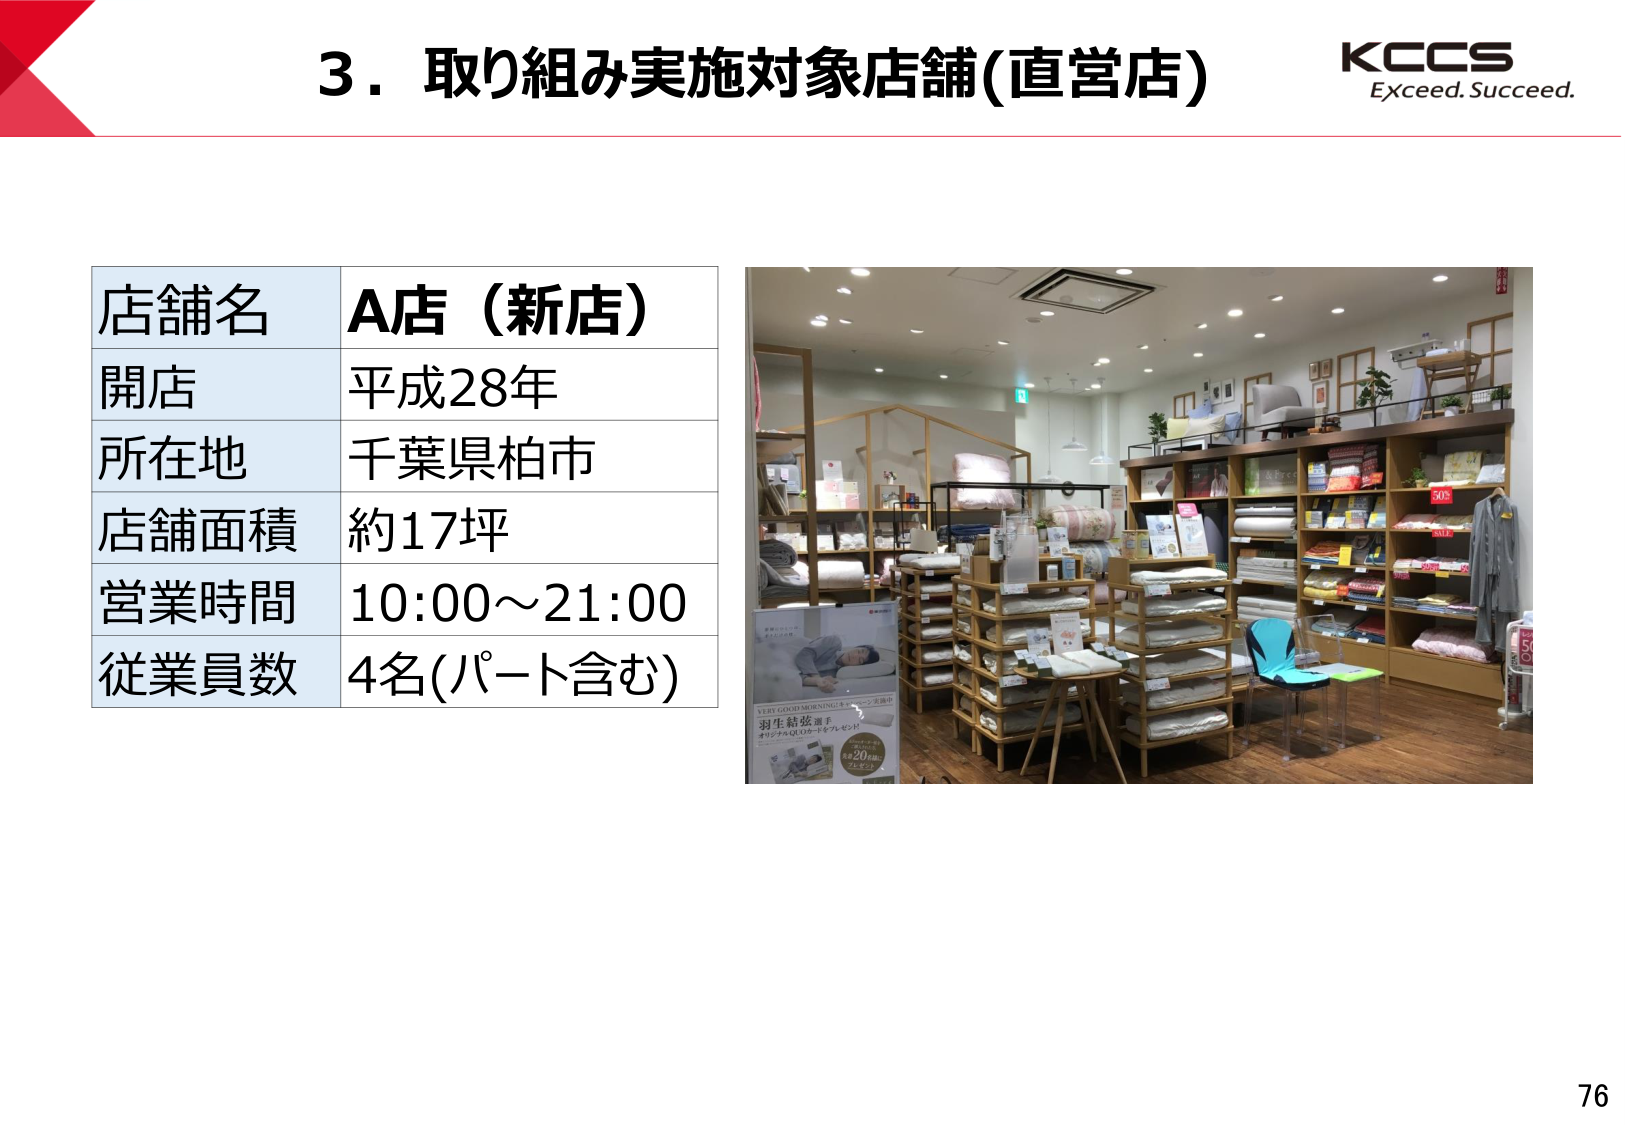
3．取り組み実施対象店舗(直営店)
KCCS
Exceed. Succeed.

店舗名　A店（新店）
開店　平成28年
所在地　千葉県柏市
店舗面積　約17坪
営業時間　10:00～21:00
従業員数　4名(パート含む)

羽生結弦選手
オリジナルひざマット
20周年記念
20周年

50%
SALE

76